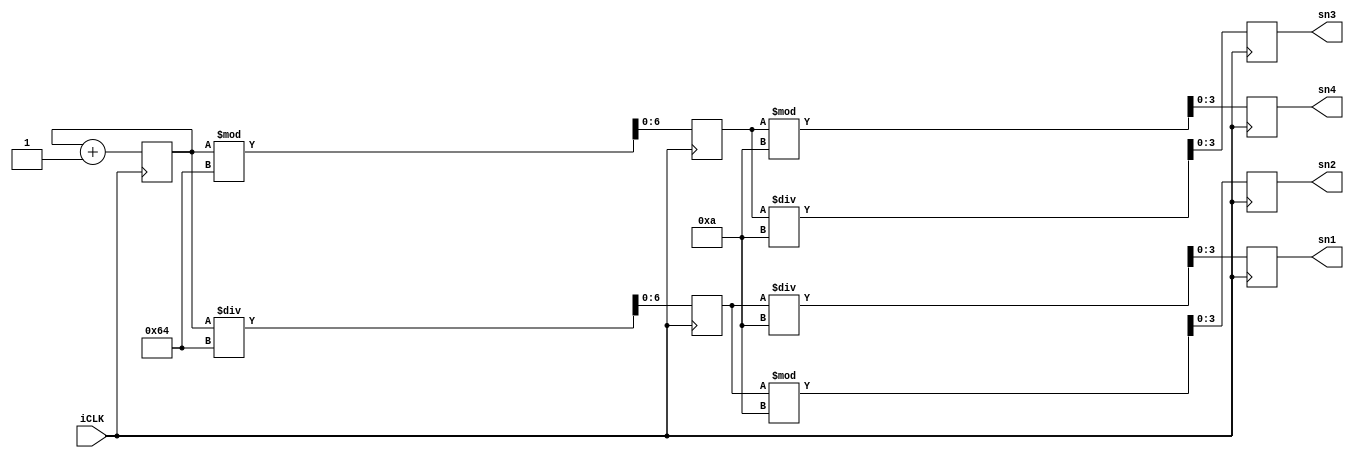
module time_count(iCLK,sn1,sn2,sn3,sn4);
input iCLK;
output reg[3:0]sn1;
output reg[3:0]sn2;
output reg[3:0]sn3;
output reg[3:0]sn4;
reg[6:0]sec1;
reg[6:0]sec2;
reg [31:0] Counter;

always@(posedge iCLK) begin

Counter <= Counter +1; // 1

sec1<=Counter/100;
sec2<=Counter%100;

sn1<=sec1/10;
sn2<=sec1%10;
sn3<=sec2/10;
sn4<=sec2%10;

end

endmodule